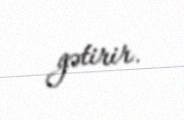
gətirir.